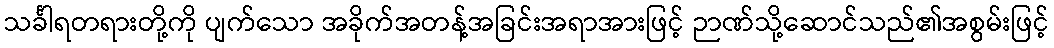
သင်္ခါရတရားတို့ကို ပျက်သော အခိုက်အတန့်အခြင်းအရာအားဖြင့် ဉာဏ်သို့ဆောင်သည်၏အစွမ်းဖြင့်